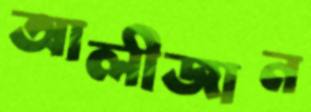
আলীজান